Vaccination in the Punjab 1905-1918 - 1905-1918
Year: 1905
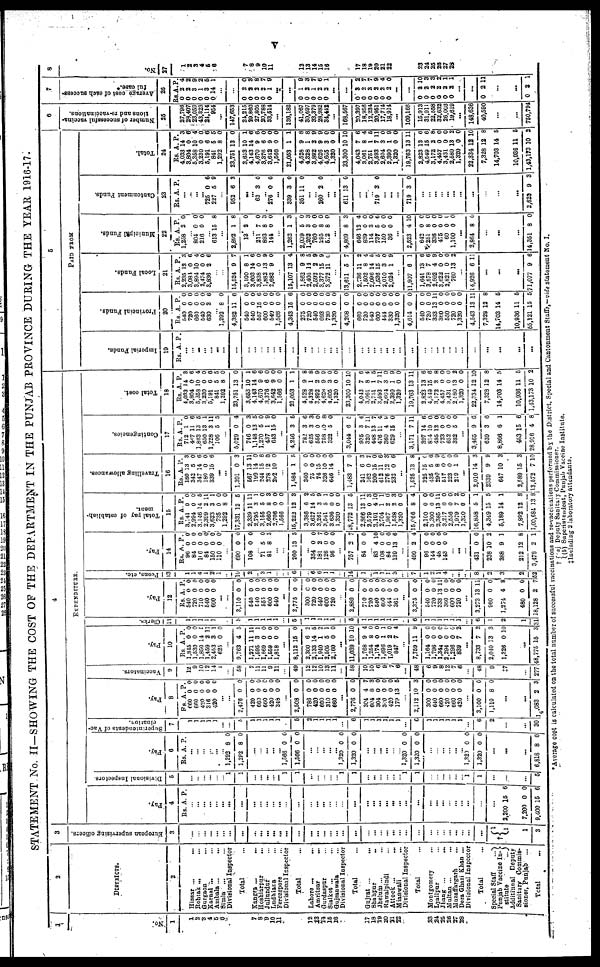
v
STATEMENT No. II—SHOWING THE COST OF THE DEPARTMENT IN THE PUNJAB PROVINCE DURING THE YEAR 1916-17.
1
No.
1
1
2
3
4
5
6
7
8
9
10
11
12
13
14
15
16
17
18
19
20
21 22
23
24
25
26
27
28
2
DISTRICTS.
2
Hissar ... ...
Rohtak ... ...
Gurgaon ... ...
Karnal ... ...
Ambala ... ...
Simla
... ...
Divisional Inspector
Total ...
Kangra ...
...
Hoshiarpur
... ...
Jullundur ... ...
Ludhiana ... ...
Ferozepore ... ...
Divisional Inspector
Total ...
Lahore ... ...
Amritsar ... ...
Gurdaspur ... ...
Sialkot ... ...
Gujranwala ... ...
Divisional Inspector
Total ...
Gujrat ... ...
Shahpur ... ...
Jhelum ... ...
Rawalpindi ... ...
Attock ... ...
Mianwali ... ...
Divisional Inspector
Total ...
Montgomery ... ...
Lyallpur ... ...
Jhang
...
...
Multan ... ...
Muzaffargarh ... ...
Dera Ghazi Khan ...
Divisional Inspector
Total ...
Special Staff
...
Punjab Vaccine In¬
stitute
...
Additional Deputy
Sanitary
Commis-
sioner, Punjab ...
Total ...
3
European supervising officers.
3
...
... ...
... ...
...
...
...
...
...
...
...
...
...
...
...
...
...
...
...
...
...
...
...
...
...
...
...
...
...
...
...
...
...
...
...
...
†
1
1
1
3
4
EXPENDITURE.
Pay.
4
Rs. A. P.
... ...
...
...
...
...
...
...
...
...
...
... ...
...
...
...
...
...
...
...
...
...
...
...
...
...
...
...
...
...
...
...
...
... ...
...
...
...
...
2,200
7,200
9,400
15
0
15
6
0
6
Divisional Inspectors
5
...
...
...
...
...
... 1
1
...
...
...
...
... 1
1
...
...
...
...
... 1
1
...
...
...
...
...
...
1
1
...
...
...
...
...
... 1
1
...
...
...
5
Pay.
6
Rs. A. P.
...
...
...
...
...
... 1,282
1,282
8
8
0
0
...
... ...
...
... 1,566
1,566
0
0
0
0
...
...
... ...
...
1,320
1,320
0
0
0
0
...
...
...
...
...
...
1,320
1,320
0
0
0
0
...
...
...
...
...
... 1,320
1,320
0
0
0
0
...
...
...
6,818 8 0
Superintendents of Vac¬
cination.
7
1
1
1
1
1
...
...
5
1
1
1
1
1
...
5
2
1
1
1
1
...
6
1
1
1
1
1
1
...
6
1
1
1
1
1
1
...
6
2
...
...
30
Pay.
8
Rs.
660
660
420
316
420
A.
0
0
0
0
0
P.
0
0
0
0
0
...
...
2,476
420
660
660
420
348
0
0
0
0
0
0
0
0
0
0
0
0
...
2,508
786
420
600
310
660
0
0
0
0
0
0
0
0
0
0
0
0
...
2,776
304
604
304
300
420
178
0
4
8
0
0
0
13
0
7
3
0
0
0
5
...
2,112
300
640
660
420
660
420
10
0
0
0
0
0
0
3
0
0
0
0
0
0
...
3,100
1,110
0
8
0
0
...
...
14,083 2 3
Vaccinators.
9
12
9
10
12
14
1
...
58
7
11
11
9
11
...
49
12
12
10
13
11
...
58
10
10
6
9
7
6
...
48
6
9
8
12
7
6
...
48
9
‡7
. . .
277
Pay.
10
Rs.
1,845
1,530
1,850
1,459
2,453
625
A.
0
0
14
2
3
0
P.
0
0
5
11
1
0
...
9,763
1,271
1,595
1,869
1,559
1,818
4
11
3
0
0
0
5
11
1
0
0
0
...
8,112
2,300
2,133
1,940
2,505
2,160
15
6
14
1
5
0
0
2
5
2
1
0
...
11,039
1,768
1,254
1,174
1,696
1,019
847
10
9
8
0
1
2
7
10
4
0
0
1
0
4
...
7,759
1,164
1,796
1,344
2,294
1,296
839
11
0
0
0
0
0
7
9
0
0
0
0
0
2
...
8,733
2,040
1,326
7
13
0
2
3
10
...
48,775 15 3
Clerks
11
1
1
1
1
1
...
5
1
1
1
1
1
...
5
1
1
1
1
1
...
5
1
1
1
1
1
1
...
6
1
1
1
1
1
1
...
6
1
2
1
31
Pay.
12
Rs
540
720
710
540
600
A.
0
0
0
0
0
P.
0
0
0
0
0
...
...
3,110
540
540
555
600
540
0
0
0
0
0
0
0
0
0
0
0
0
...
2,775
300
720
540
600
720
0
0
0
0
0
0
0
0
0
0
0
0
...
2,880
710
720
540
600
444
361
0
0
0
0
0
0
0
0
0
0
0
0
0
0
...
3,375
540
720
333
360
600
720
0
0
0
13
0
0
0
0
0
0
11
0
0
0
...
3,273
960
1,274
480
18,128
13
0
4
0
2
11
0
8
0
7
Peons, etc.
13
1
1
4
1
2
1
...
10
2
... 3
1
...
...
6
...
6
6
1
1
...
14
1
... 1
1
1
3
...
7
1
2
1
4
...
...
...
8
2
3
2
52
Pay.
14
Rs.
96
84
166
84
150
110
A.
0
0
0
0
0
0
P.
0
0
0
0
0
0
...
690
108
0
0
0
0
... 71
81
5
8
0
5
...
...
260 13 3
...
354
181
126
96
0
2
0
0
0
7
0
0
...
757
84
2
0
7
0
... 83
108
84
139
4
0
0
13
10
0
0
6
...
499
96
144
48
143
2
0
0
0
0
4
0
0
0
0
... ...
...
431
238
388
212
3,478
0
10
9
12
2
0
2
1
8
1
Total pay of establish-
ment.
15
Rs.
3,141
2,994
3,146
2,399
3,623
735
1,292
17,331
2,339
2,795
3,155
2,660
2,706
1,566
15,222
3,386
3,627
3,261
3,541
3,636
1,320
18,772
2,866
2,579
3,101
2,704
1,967
1,528
1,320
15,066
2,100
3,300
2,385
3,217
2,556
1,979
1,320
16,858
4,349
5,189
7,892
1,00,684
A.
0
0
14
2
3
0
8
12
11
3
5
8
0
0
12
6
14
3
5
0
0
13
13
0
4
1
2
2
0
8
0
0
13
0
0
7
0
5
15
14
12
13
P.
0
0
5
11
1
0
0
5
11
1
0
3
0
0
3
2
5
9
1
0
0
5
11
3
10
1
0
3
0
4
0
0
11
0
0
2
0
1
5
1
8
8
Travelling allowances.
16
Rs.
180
342
347
180
339
A.
13
6
14
0
15
P.
3
0
6
0
6
...
...
1,391
567
199
244
278
292
0
13
14
15
12
10
3
11
0
6
0
0
...
1,584
360
75
74
326
646
1
0
0
15
10
14
5
0
0
0
0
0
...
1,483
241
162
200
412
276
232
7
6
0
15
11
12
0
0
3
2
0
6
3
6
...
1,525
325
435
290
517
223
219
13
15
5
8
0
0
1
8
0
6
9
0
0
0
...
2,010
2,339
647
2,580
13,572
14
9
10
15
7
3
9
3
3
10
Contingencies.
17
Rs.
712
467
1,863
650
1,228
106
A.
1
11
13
13
3
5
P.
0
6
6
1
11
5
...
5,029
746
1,148
1,270
437
643
0
0
13
5
1
15
4
3
5
0
9
0
...
4,246
782
625
556
758
322
3
3
3
0
0
5
5
6
3
0
8
0
...
3,044
935
320
448
476
360
629
6
3
7
13
11
4
15
5
4
11
7
4
9
0
...
3,171
397
814
495
723
652
382
7
14
10
12
0
0
5
11
6
0 0
0 0
0
...
3,465
639
8,866
453
28,916
9
3
6
15
4
6
6
1
6
8
Total cost.
18
Rs.
4,033
3,804
5,358
3,230
5,191
841
1,292
23,751
3,653
4,143
4,670
3,376
3,642
1,666
21,053
4,528
4,328
3,892
4,626
4,605
1,320
23,300
4,043
3,061
2,751
3,593
2,004
2,390
1,320
19,763
2,823
4,549
3,172
4,457
3,431
2,180
1,320
22,334
7,328
14,703
10,036
1,43,173
A.
14
0
10
0
6
5
8
13
10
14
9
6
9
0
1
9
1
2
9
3
0
10
7
8
1
7
3
1
0
13
13
15
2
0
0
13
0
12
12
14
11
10
P.
3
6
4
0
6 5
0
0
1
6
6
0
0
0
1
8
8
9
0
0
0
10
6
4
5
11
0
9
0
11
6
6
8
0
0
2
0
10
8
5
5
2
5
PAID FROM
Imperial Funds.
19
Rs. A. P.
...
... ...
...
...
...
...
...
...
...
...
...
... ...
...
...
...
...
...
...
...
...
...
...
...
...
...
...
...
...
...
... ...
...
...
...
...
...
...
...
...
...
Provincial Funds.
20
Rs.
540
720
660
540
630
A.
0
0
0
0
3
P.
0
0
0
0
6
... 1,292
4,382
540
540
557
600
540
1,566
4,343
275
720
540
693
720
1,320
4,208
660
720
540
600
444
330
1,320
4,614
540
720
333
360
550
720
1,320
4,543
7,328
14,703
10,936
55,121
8
11
0
0
15
0
0
0
15
0
0
0
0
0
0
0
0
0
0
0
0
0
0
0
0
0
13
0
0
0
0
13
12
14
11
15
0
6
0
0
6
0
0
0
6
0
0
0
0
0
0
0
0
0
0
0
0
0
0
0
0
0
11
0
0
0
0
11
8
5
5
5
Local Funds.
21
Rs.
2,235
3,084
3,894
2,474
3,836
A.
12
0
10
0
2
P.
3
6
4 0
6
...
...
15,524
3,100
3,603
3,838
1,882
2,682
9
8
14
0
13
9
7
1
6
0
9
0
...
15,107
1,862
2,405
2,592
3,377
3,372
13
9
14
2
15
11
4
8
5
9
9
0
...
13,611
2,736
1,502
2,096
1,536
2,010
2,024
5
11
8
14
15
3
1
7
2
4 5
5
0
9
...
11,907
1,641
3,578
2,502
3,622
2,821
760
6
13
7
4
0
0
13
1
6
6
9
0
0
2
...
14,926 6 11
...
...
...
71,077 9 6
Municipal Funds.
22
Rs.
1,258
A.
2
P.
0
... 804
216
0
0
0
0
... 613 15 8
...
2,892
13
1
2
8
0
... 211
893
144
7
8
0
0
3
0
...
1,262
2,039
1,202
760
295
512
1
5
3
0
8
8
3
0
3
0
0
0
...
4,809
646
839
114
737
150
36
8
12
0
3
5
0
0
3
4
0
0
6
0
0
...
2,523
642
251
336
475
60
1,100
4
0
8
0
0
0
0
10
0
0
0
0
0
0
...
2,864 8 0
...
...
...
14,351 8 0
Cantonment Funds.
23
Rs. A. P.
...
...
...
... 725
227
0
5
6
9
...
952 6 3
...
... 63 3 0
... 276 0 0
...
339
351
3
11
0
0
...
... 260 2 0
...
...
611 13 0
...
...
... 719 3 0
... ...
...
719 3 0
...
... ...
... ...
...
...
...
...
...
...
2,622 9 3
Total.
24
Rs.
4,033
3,804
5,358
3,230
5,191
841
1,202
23,751
3,853
4,143
4,670
3,376
3,642
1,566
21,053
4,528
4,328
3,892
4,626
4,605
1,320
23,300
4,043
3,061
2,751
3,593
2,604
2,390
1,320
19,763
2,823
4,549
3,172
4,457
3,431
2,580
1,320
22,334
7,328
14,703
10,936
1,43,173
A.
14
0
10
0
6
5
8
13
10
14
9
6
9
0
1
9
1
2
9
3
0
10
7
8
1
7
3
1
0
13
13
15
2
0
0
13
0
12
12
14
11
10
P.
3
6
4
0
6
5
0
0
1
6
6
0
0
0
1
8
8
9
9
0
0
10
6
4
5
11
0
9
0
11
6
6
8
0
0
2
0
10
8
5
5
2
6
Number of successful vaccina-
tions and re-vaccinations.
25
27,796
28,407
23,059
43,323
21,114
954
...
147,653
24,216
29,860
27,805
20,788
33,514
...
136,182
41,067
30,697
33,379
28,982
34,442
...
168,567
20,397
18,956
12,234
20,951
17,714
18,914
...
109,166
15,913
31,911
22,558
32,632
26,003
19,619
...
148,636
40,590
...
...
750,794
7
Average cost of each success-
ful case.*
26
Rs
0
0
0
0
0
0
A.
2
2
3
1
3
14
P.
4
2
9
2
5
1
...
...
0
0
0
0
0
2
2
2
2
1
0
3
8
7
9
...
...
0
0
0
0
0
1
2
1
2
2
9
3
7
6
1
...
...
0
0
0
0
0
0
3
2
3
2
2
2
2
7
7
9
4
0
...
...
0
0
0
0
0
0
2
2
2
2
2
2
10
3
3
2
1
1
...
...
0 2 11
...
...
0 3 1
8
No.
27
1
2
3
4
5
6
7
8
9
10
11
12
13
14
15
16
17
18
19
20
21
22
23
24
25
26
27
28
*Average cost is calculated on the total number of successful vaccinations and re-vaccinations performed by the District, Special and Cantonment Staffs.—vide statement No. I.
†
‡
(a)
(b)
Deputy Sanitary Commissioner.
Superintendent, Punjab Vaccine Institute.
Including 2 laboratory attendants.